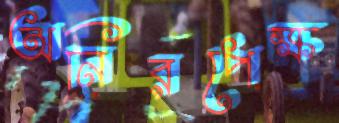
অনিরপেক্ষ